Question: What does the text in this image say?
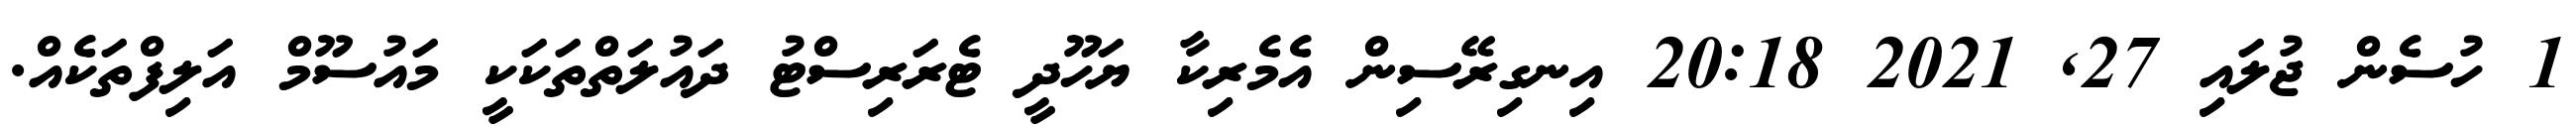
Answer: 1 ހުސެން ޖުލައި 27, 2021 20:18 އިނގިރޭސިން އެމެރިކާ ޔަހޫދީ ޓެރަރިސްޓު ދައުލަތްތަކަކީ މައުސޫމް އަލިފްތަކެއް.